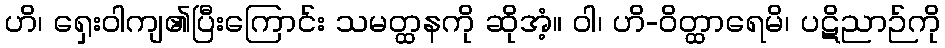
ဟိ၊ ရှေးဝါကျ၏ပြီးကြောင်း သမတ္ထနကို ဆိုအံ့။ ဝါ၊ ဟိ-ဝိတ္ထာရေမိ၊ ပဋိညာဉ်ကို